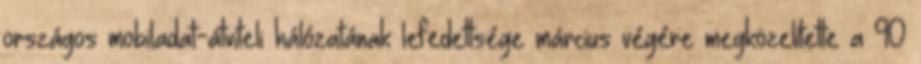
országos mobiladat-átviteli hálózatának lefedettsége március végére megközelítette a 90